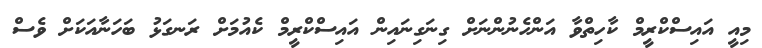
މިއީ އައިސްކްރީމް ކާހިތްވާ އަންހެނުންނަށް ގިނަގިނައިން އައިސްކްރީމް ކެއުމަށް ރަނގަޅު ބަހަނާއަކަށް ވެސް